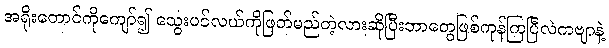
အရိုးတောင်ကိုကျော်၍ သွေးပင်လယ်ကိုဖြတ်မည်တဲ့လားဆိုပြီးဘာတွေဖြစ်ကုန်ကြပြီလဲကဗျာနဲ့